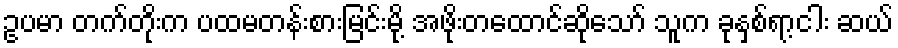
ဥပမာ တက်တိုးက ပထမတန်းစားမြင်းမို့ အဖိုးတထောင်ဆိုသော် သူက ခုနှစ်ရာ့ငါး ဆယ်